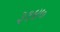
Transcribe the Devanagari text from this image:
३१४७